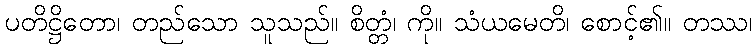
ပတိဋ္ဌိတော၊ တည်သော သူသည်။ စိတ္တံ၊ ကို။ သံယမေတိ၊ စောင့်၏။ တဿ၊